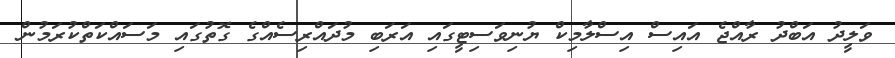
ވަލީދު އަބްދު ރާއްޖެ އައިސް އިސްލާމިކް ޔުނިވަސިޓީގައި އަރަބި މުދައްރިސެއްގެ ގޮތުގައި މަސައްކަތްކުރަމުން